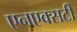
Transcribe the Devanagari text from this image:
एनएक्सटी